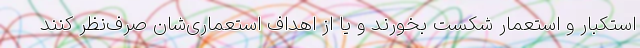
استکبار و استعمار شکست بخورند و یا از اهداف استعماری‌شان صرف‌نظر کنند